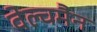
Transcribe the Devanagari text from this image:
वेल्चमैन